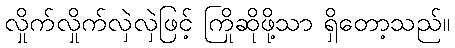
လှိုက်လှိုက်လှဲလှဲဖြင့် ကြိုဆိုဖို့သာ ရှိတော့သည်။